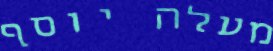
מעלה יוסף